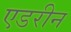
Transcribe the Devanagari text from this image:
एडरीन